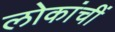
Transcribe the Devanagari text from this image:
लोकांचीं